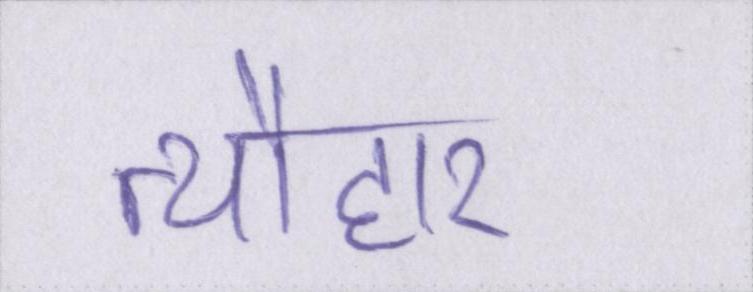
त्यौहार